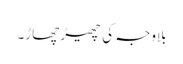
بلاوجہ کی چھیڑ چھاڑ۔